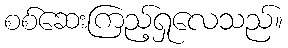
စစ်ဆေးကြည့်ရှုလေသည်။